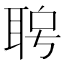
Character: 𦕮